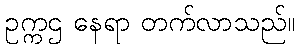
ဥက္ကဌ နေရာ တက်လာသည်။